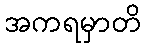
အကရမှာတိ